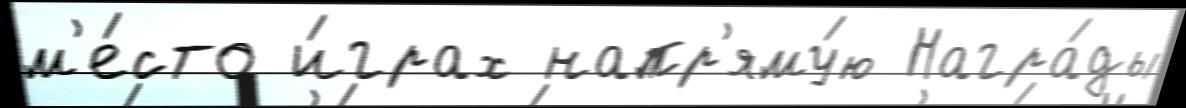
м'е́сто и́грах напр'яму́ю Награ́ды